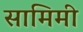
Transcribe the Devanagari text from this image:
सामिमी